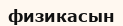
физикасын